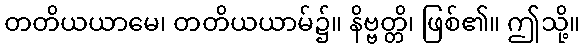
တတိယယာမေ၊ တတိယယာမ်၌။ နိဗ္ဗတ္တိ၊ ဖြစ်၏။ ဤသို့။